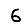
Digit: 6